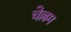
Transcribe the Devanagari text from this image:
चेल्लम